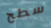
سطح